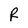
Character: R